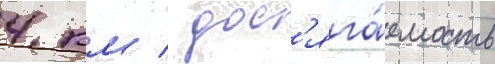
4 км / дос'яга́емость